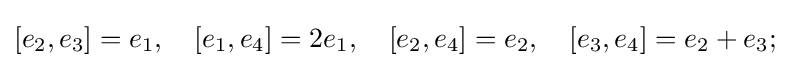
[e_{2},e_{3}]=e_{1},\quad [e_{1},e_{4}]=2e_{1},\quad [e_{2},e_{4}]=e_{2},\quad [e_{3},e_{4}]=e_{2}+e_{3};